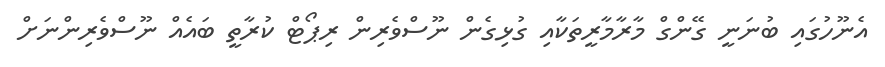
އެނޫހުގައި ބުނަނީ ގޭންގް މާރާމާރީތަކާއި ގުޅިގެން ނޫސްވެރިން ރިޕޯޓް ކުރާތީ ބައެއް ނޫސްވެރިންނަށް